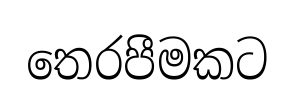
තෙරපීමකට